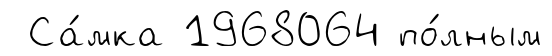
Са́мка 1968064 по́лным